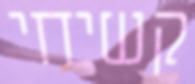
קשיחי